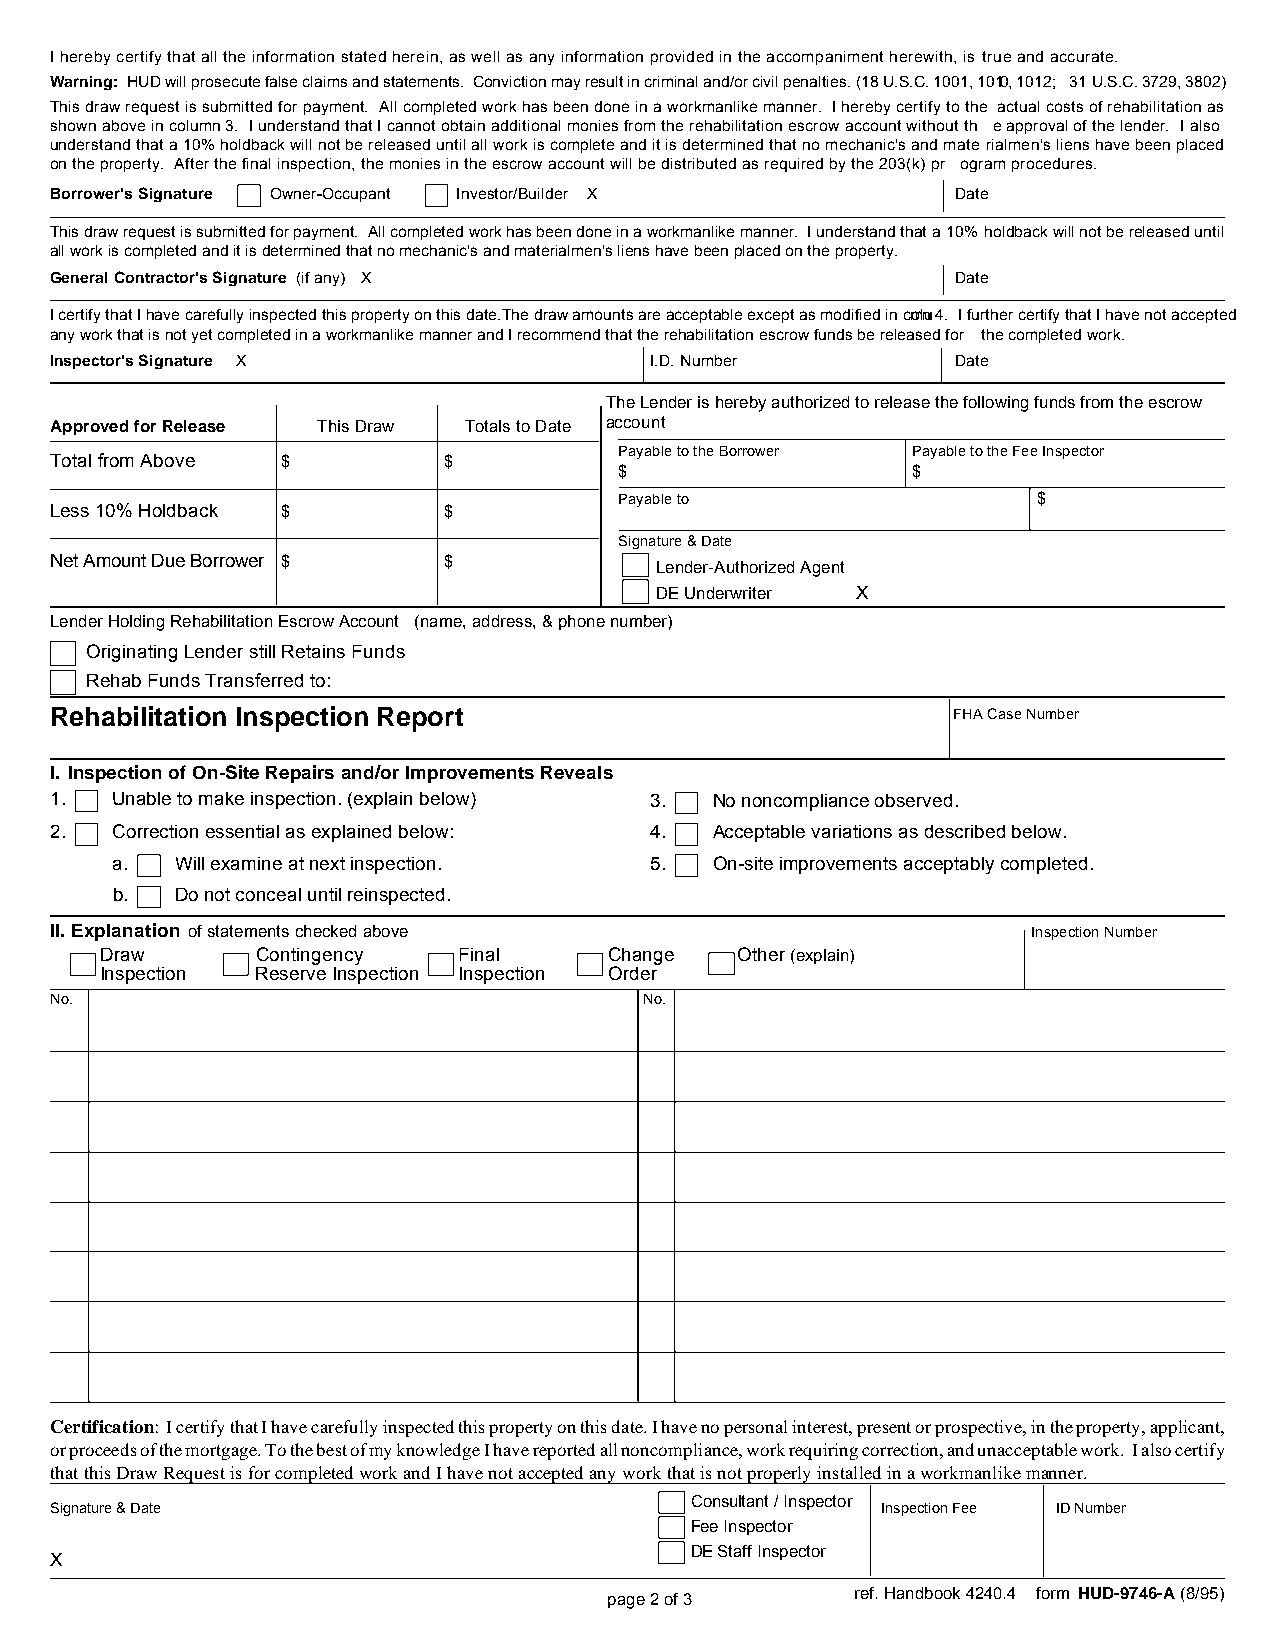
I hereby certify that all the information stated herein, as well as any information provided in the accompaniment herewith, is true and accurate.
 Warning: HUD will prosecute false claims and statements. Conviction may result in criminal and/or civil penalties. (18 U.S.C. 1001, 1010, 1012; 31 U.S.C. 3729, 3802)
 This draw request is submitted for payment. All completed work has been done in a workmanlike manner. I hereby certify to the actual costs of rehabilitation as
 shown above in column 3. I understand that I cannot obtain additional monies from the rehabilitation escrow account without th e approval of the lender. I also
 understand that a 10% holdback will not be released until all work is complete and it is determined that no mechanic's and mate rialmen's liens have been placed
 on the property. After the final inspection, the monies in the escrow account will be distributed as required by the 203(k) pr ogram procedures.
 Borrower's Signature Owner-Occupant Investor/Builder X      Date
 This draw request is submitted for payment. All completed work has been done in a workmanlike manner. I understand that a 10% holdback will not be released until
 all work is completed and it is determined that no mechanic's and materialmen's liens have been placed on the property.
 General Contractor's Signature (if any) X                   Date
 I certify that I have carefully inspected this property on this date.The draw amounts are acceptable except as modified in cmolnu 4. I further certify that I have not accepted
 any work that is not yet completed in a workmanlike manner and I recommend that the rehabilitation escrow funds be released for the completed work.
 Inspector's Signature X                 I.D. Number         Date
 The Lender is hereby authorized to release the following funds from the escrow
 Approved for Release This Draw Totals to Date account
 Payable to the Borrower Payable to the Fee Inspector
 Total from Above $        $
 $                  $
 Payable to                  $
 Less 10% Holdback $       $
 Signature & Date
 Net Amount Due Borrower $ $             Lender-Authorized Agent
 DE Underwriter X
 Lender Holding Rehabilitation Escrow Account (name, address, & phone number)
 Originating Lender still Retains Funds
 Rehab Funds Transferred to:
 Rehabilitation Inspection Report                            FHA Case Number
 I. Inspection of On-Site Repairs and/or Improvements Reveals
 1.  Unable to make inspection. (explain below) 3. No noncompliance observed.
 2.  Correction essential as explained below: 4. Acceptable variations as described below.
 a.   Will examine at next inspection. 5. On-site improvements acceptably completed.
 b.   Do not conceal until reinspected.
 II. Explanation of statements checked above                      Inspection Number
 Draw      Contingency  Final     Change   Other (explain)
 Inspection Reserve Inspection Inspection Order
 No.                                     No.
 Certification: I certify that I have carefully inspected this property on this date. I have no personal interest, present or prospective, in the property, applicant,
 or proceeds of the mortgage. To the best of my knowledge I have reported all noncompliance, work requiring correction, and unacceptable work. I also certify
 that this Draw Request is for completed work and I have not accepted any work that is not properly installed in a workmanlike manner.
 Consultant / Inspector
 Signature & Date                                       Inspection Fee ID Number
 Fee Inspector
 DE Staff Inspector
 X
 page 2 of 3      ref. Handbook 4240.4 form HUD-9746-A (8/95)